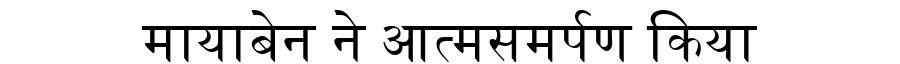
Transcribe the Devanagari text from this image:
मायाबेन ने आत्मसमर्पण किया